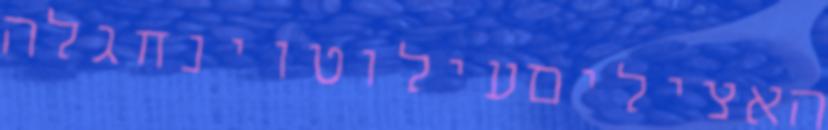
האציליםעילוטוינחגלה